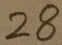
2 8